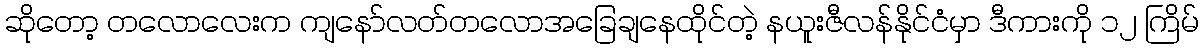
ဆိုတော့ တလောလေးက ကျနော်လတ်တလောအခြေချနေထိုင်တဲ့ နယူးဇီလန်နိုင်ငံမှာ ဒီကားကို ၁၂ ကြိမ်